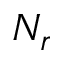
N _ { r }